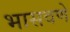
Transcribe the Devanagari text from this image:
भासवणे